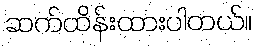
ဆက်ထိန်းထားပါတယ်။